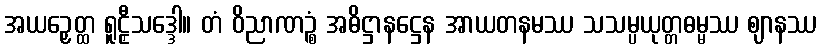
အယဉှေတ္ထ ရူဠှီသဒ္ဒေါ။ တံ ဝိညာဏဉ္စံ အဓိဋ္ဌာနဋ္ဌေန အာယတနမဿ သသမ္ပယုတ္တဓမ္မဿ ဈာနဿ